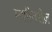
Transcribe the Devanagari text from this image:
मशीनरीज़